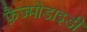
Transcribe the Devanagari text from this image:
फ़ैज्मोडाइडी